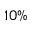
1 0 \%